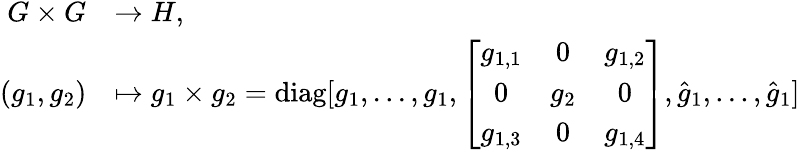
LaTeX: \begin{array}{rl}{G\times G}&{\to H,}\\ {(g_{1},g_{2})}&{\mapsto g_{1}\times g_{2}=\mathrm{diag}[g_{1},...,g_{1},\left[\begin{array}{ccc}{g_{1,1}}&{0}&{g_{1,2}}\\ {0}&{g_{2}}&{0}\\ {g_{1,3}}&{0}&{g_{1,4}}\end{array}\right],\hat{g}_{1},...,\hat{g}_{1}]}\end{array}